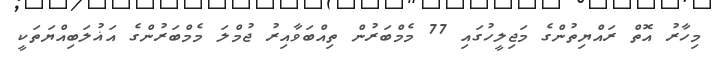
މިހާރު އޮތް ރައްޔިތުންގެ މަޖިލީހުގައި 77 މެމްބަރުން ތިއްބަވާއިރު ޖުމްލަ މެމްބަރުންގެ އަޣުލަބިއްޔަތަކީ